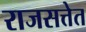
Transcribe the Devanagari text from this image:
राजसत्तेत